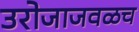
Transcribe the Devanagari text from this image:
उरोजाजवळच